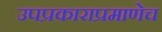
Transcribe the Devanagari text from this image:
उपप्रकाराप्रमाणेच